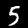
Label: 5